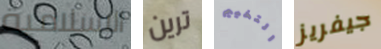
الإسلامية ترين التخييم جيفريز